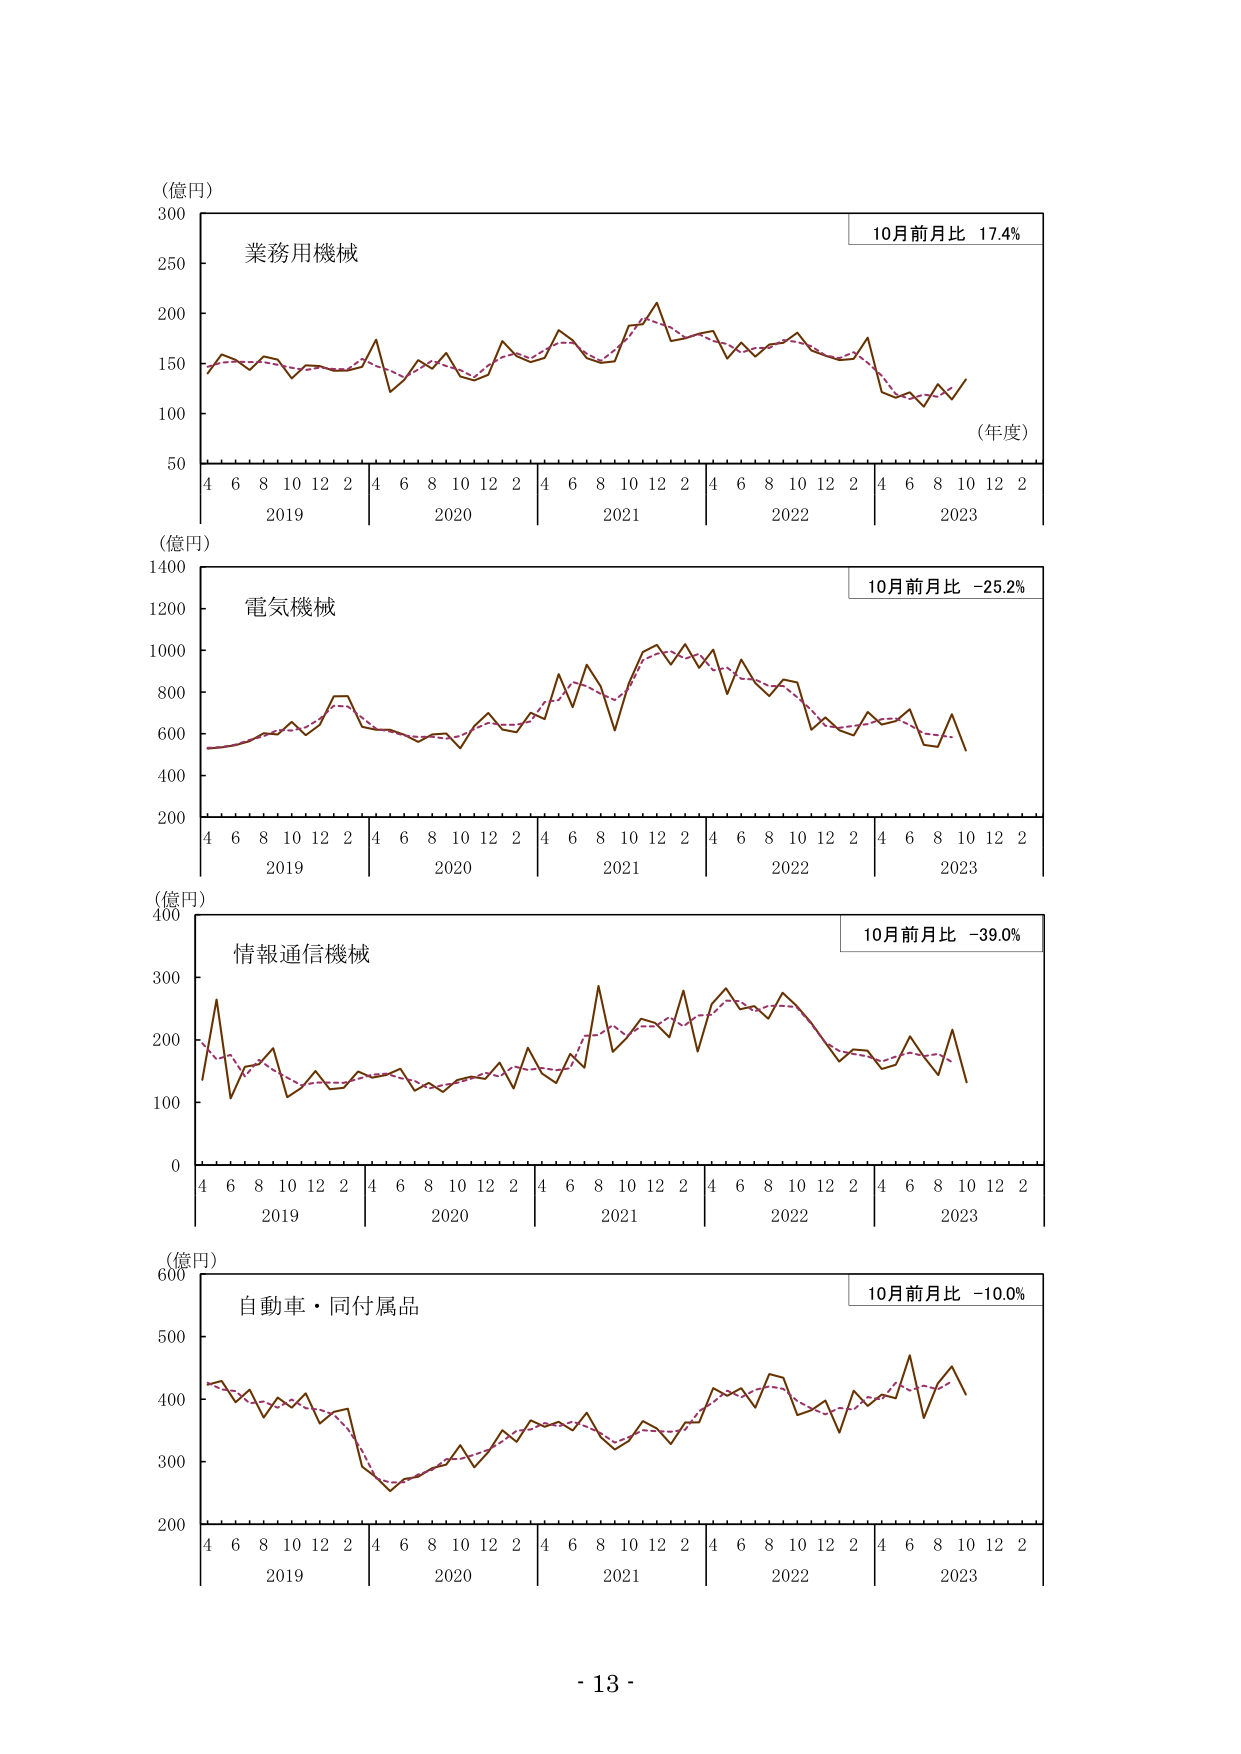
（億円）
300
業務用機械
10月前月比 17.4%
250
200
150
100
50
4 6 8 10 12 2 4 6 8 10 12 2 4 6 8 10 12 2 4 6 8 10 12 2 4 6 8 10 12 2
2019 2020 2021 2022 2023
（年度）
（億円）
1400
電気機械
10月前月比 -25.2%
1200
1000
800
600
400
200
4 6 8 10 12 2 4 6 8 10 12 2 4 6 8 10 12 2 4 6 8 10 12 2 4 6 8 10 12 2
2019 2020 2021 2022 2023
（億円）
400
情報通信機械
10月前月比 -39.0%
300
200
100
0
4 6 8 10 12 2 4 6 8 10 12 2 4 6 8 10 12 2 4 6 8 10 12 2 4 6 8 10 12 2
2019 2020 2021 2022 2023
（億円）
600
自動車・同付属品
10月前月比 -10.0%
500
400
300
200
4 6 8 10 12 2 4 6 8 10 12 2 4 6 8 10 12 2 4 6 8 10 12 2 4 6 8 10 12 2
2019 2020 2021 2022 2023
- 13 -